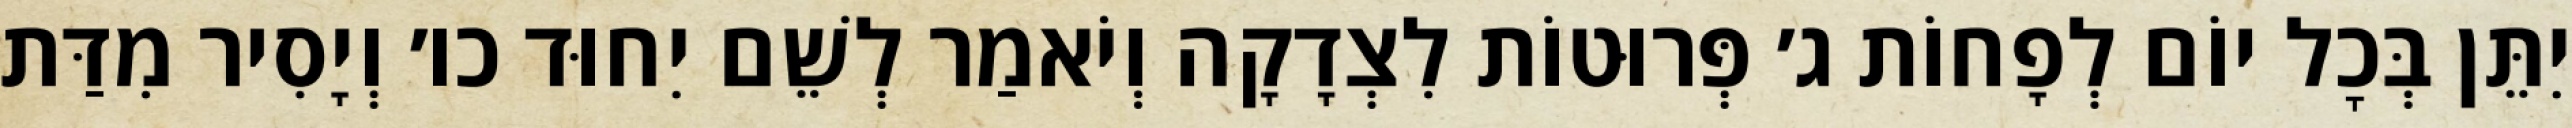
יִתֵּן בְּכׇל יוֹם לְפָחוֹת ג׳ פְּרוּטוֹת לִצְדָקָה וְיֹאמַר לְשֵׁם יִחוּד כו׳ וְיָסִיר מִדַּת